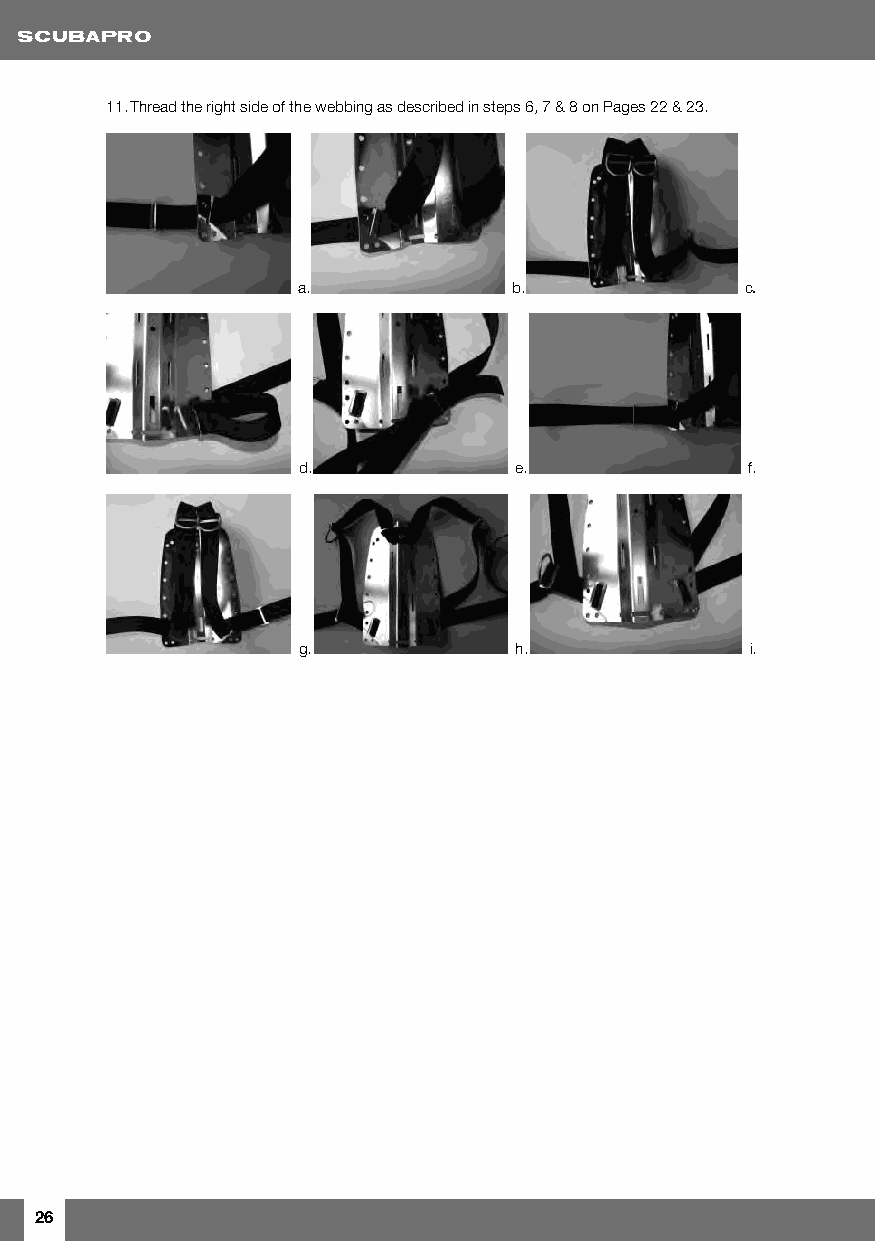
11. Thread the right side of the webbing as described in steps 6, 7 & 8 on Pages 22 & 23.
 a.            b.             c.
 d.            e.             f.
 g.            h.              i.
 26